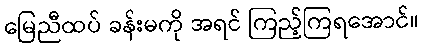
မြေညီထပ် ခန်းမကို အရင် ကြည့်ကြရအောင်။